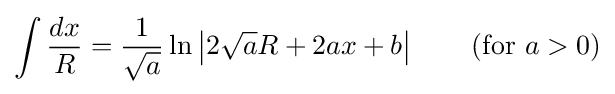
\int {\frac {dx}{R}}={\frac {1}{\sqrt {a}}}\ln \left|2{\sqrt {a}}R+2ax+b\right|\qquad {\mbox{(for }}a>0{\mbox{)}}